system: You are a helpful assistant.
user:
Analyze the provided spectrum to determine if it is a **Carbon Star (C-type)**.

- **Key Visual Indicators of Carbon Star:**
    - **(Primary):** Strong molecular absorption from **C₂ (diatomic carbon) "Swan Bands."** This is the **defining feature** of a carbon star.
        - **(Key Bandheads):** Sharp absorption edges are visible at approximately $5635$ Å, $5165$ Å (the strongest band), and $4737$ Å.
        - **(Line Profile):** Creates a distinct **"saw-tooth"** pattern. The key morphology is a sharp, steep bandhead on the **red (long-wavelength) side**, which then gradually tapers off (i.e., flux recovers) towards the **blue (short-wavelength) side**. *(This is the direct opposite of the TiO bands seen in M-type stars)*.

    - **(Secondary):** Intense **CN (cyanogen)** molecular absorption bands.
        - **(Key Bandheads):** Located in the blue and violet regions of the spectrum (e.g., near $4215$ Å and $3883$ Å).
        - **(Morphology):** These bands are extremely broad and act as a "blanket," absorbing the vast majority of blue and violet light. This creates a characteristic **"cliff"** or **"steep drop-off"** in the spectrum's flux at short wavelengths.

    - **(Key Confirmation):** Strong **CH absorption band (G-band)**.
        - **(Key Bandhead):** Located around $4300$ Å. The contribution from CH molecules to this band is exceptionally strong.

    - **(Overall Spectrum):**
        - The continuum is severely "chopped up" by these deep molecular bands, especially C₂, rather than appearing as a smooth curve.
        - Due to the heavy CN and C₂ absorption in the blue-green, the vast majority of the star's flux is concentrated in the red part of the spectrum, giving the star its characteristic deep red color.

Think first, call **spectral_visualization_tool** if needed to examine features in detail, then provide your final answer. Your response must adhere to the following strict rules:
1.  **Overall Structure:** Your response must follow the format `<think>...</think> <tool_call>...</tool_call> (if a tool is used) <answer>...</answer>`.
2.  **Tool Usage Constraint:** You may only make **one** tool call per turn.
3.  **Final Answer Format:** In the `<answer>` tag, your conclusion must be inside a `\boxed{}` command (e.g., `\boxed{YES}`), followed by your justification.

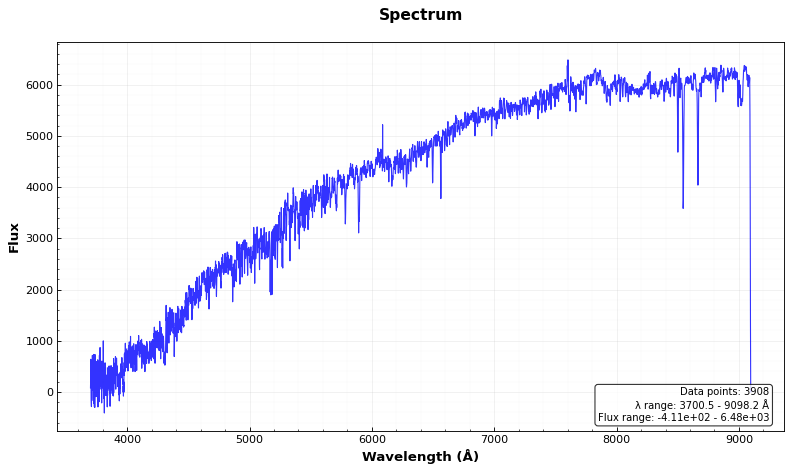
Answer: NO